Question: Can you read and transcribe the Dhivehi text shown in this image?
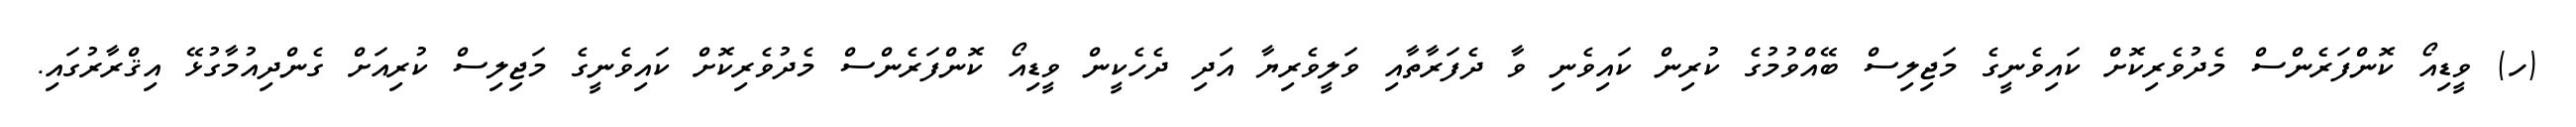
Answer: (ހ) ވީޑިއޯ ކޮންފަރެންސް މެދުވެރިކޮށް ކައިވެނީގެ މަޖިލިސް ބޭއްވުމުގެ ކުރިން ކައިވެނި ވާ ދެފަރާތާއި ވަލީވެރިޔާ އަދި ދެހެކީން ވީޑިއޯ ކޮންފަރެންސް މެދުވެރިކޮށް ކައިވެނީގެ މަޖިލިސް ކުރިއަށް ގެންދިއުމާގުޅޭ އިޤްރާރުގައި.